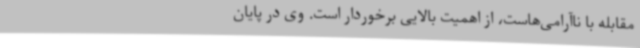
مقابله با ناآرامی‌هاست، از اهمیت بالایی برخوردار است. وی در پایان